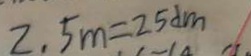
2 . 5 m = 2 5 d m